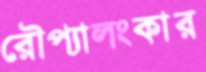
রৌপ্যালংকার